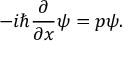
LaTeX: - i \hbar { \frac { \partial } { \partial x } } \psi = p \psi .